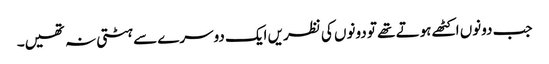
جب دونوں اکٹھے ہوتے تھے تو دونوں کی نظریں ایک دوسرے سے ہٹتی نہ تھیں۔